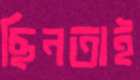
ছিনতাই